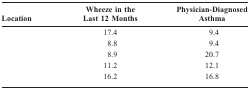
<table><thead><tr><td><b>Location</b></td><td><b>Wheeze in the Last 12 Months</b></td><td><b>Physician-Diagnosed Asthma</b></td></tr></thead><tbody><tr><td>[EMPTY_CELL]</td><td>17.4</td><td>9.4</td></tr><tr><td>[EMPTY_CELL]</td><td>8.8</td><td>9.4</td></tr><tr><td>[EMPTY_CELL]</td><td>8.9</td><td>20.7</td></tr><tr><td>[EMPTY_CELL]</td><td>11.2</td><td>12.1</td></tr><tr><td>[EMPTY_CELL]</td><td>16.2</td><td>16.8</td></tr></tbody></table>